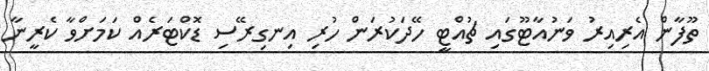
ތޫފާން އެރިއިރު ވަނުއާޓޫގައި ޗުއްޓީ ހޭދަކުރަން ހުރި އިނގިރޭސި ޑޮކްޓަރެއް ކަމަށްވާ ކެރީނާ